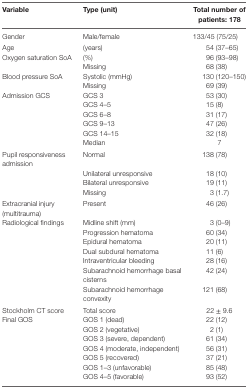
| Variable | Type (unit) | Total number of patients: 178 |
 | --- | --- | --- |
 | Gender | Male/female | 133/45 (75/25) |
 | Age | (years) | 54 (37–65) |
 | Oxygen saturation SoA | (%) | 96 (93–98) |
 |  | Missing | 68 (38) |
 | Blood pressure SoA | Systolic (mmHg) | 130 (120–150) |
 |  | Missing | 69 (39) |
 | Admission GCS | GCS 3 | 53 (30) |
 |  | GCS 4–5 | 15 (8) |
 |  | GCS 6–8 | 31 (17) |
 |  | GCS 9–13 | 47 (26) |
 |  | GCS 14–15 | 32 (18) |
 |  | Median | 7 |
 | Pupil responsiveness admission | Normal | 138 (78) |
 |  | Unilateral unresponsive | 18 (10) |
 |  | Bilateral unresponsive | 19 (11) |
 |  | Missing | 3 (1.7) |
 | Extracranial injury (multitrauma) | Present | 46 (26) |
 | Radiological findings | Midline shift (mm) | 3 (0–9) |
 |  | Progression hematoma | 60 (34) |
 |  | Epidural hematoma | 20 (11) |
 |  | Dual subdural hematoma | 11 (6) |
 |  | Intraventricular bleeding | 28 (16) |
 |  | Subarachnoid hemorrhage basal cisterns | 42 (24) |
 |  | Subarachnoid hemorrhage convexity | 121 (68) |
 | Stockholm CT score | Total score | 22 ± 9.6 |
 | Final GOS | GOS 1 (dead) | 22 (12) |
 |  | GOS 2 (vegetative) | 2 (1) |
 |  | GOS 3 (severe, dependent) | 61 (34) |
 |  | GOS 4 (moderate, independent) | 56 (31) |
 |  | GOS 5 (recovered) | 37 (21) |
 |  | GOS 1–3 (unfavorable) | 85 (48) |
 |  | GOS 4–5 (favorable) | 93 (52) |